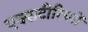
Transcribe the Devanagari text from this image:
एक्सटीरियरों